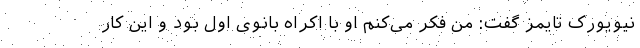
نیویورک تایمز گفت: من فکر می‌کنم او با اکراه بانوی اول بود و این کار